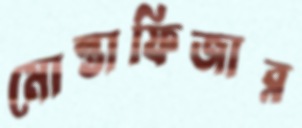
মোস্তাফিজার